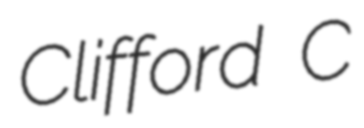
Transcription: Clifford C